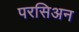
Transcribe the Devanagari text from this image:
परसिअन